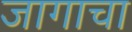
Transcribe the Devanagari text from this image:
जागाचा